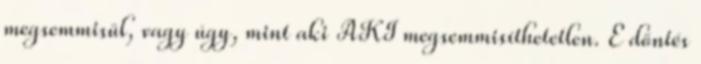
megsemmisül, vagy úgy, mint aki AKI megsemmisíthetetlen. E döntés